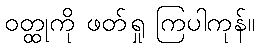
ဝတ္ထုကို ဖတ်ရှု ကြပါကုန်။